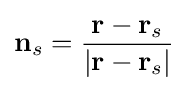
\mathbf {n} _{s}={\frac {\mathbf {r} -\mathbf {r} _{s}}{|\mathbf {r} -\mathbf {r} _{s}|}}